Vaccination in Burma 1900-1911 - 1900-1911
Year: 1900
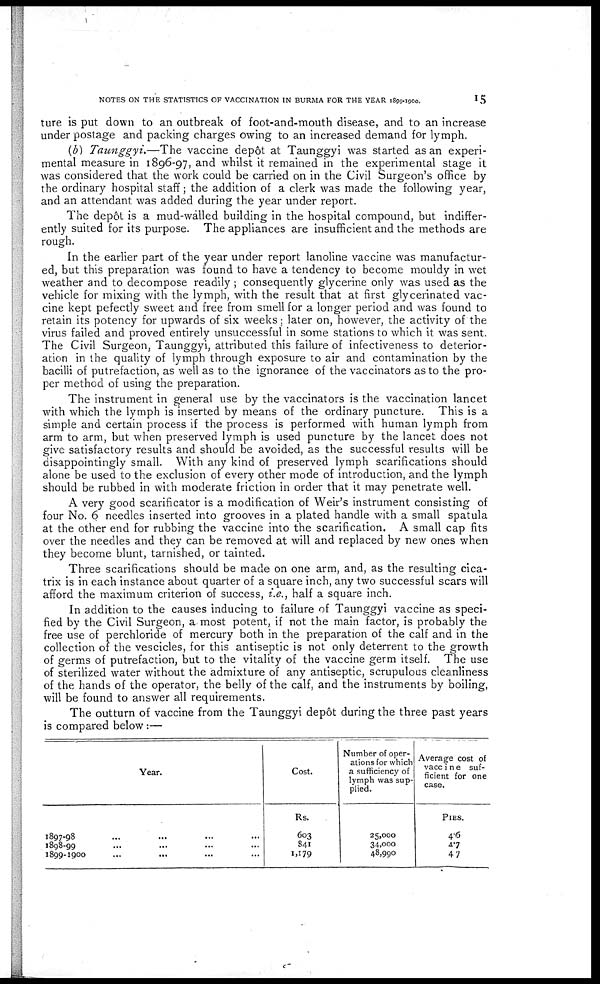
NOTES ON THE STATISTICS OF VACCINATION IN BURMA FOR THE YEAR 1899-1900.
15
ture is put down to an outbreak of foot-and-mouth disease, and to an increase
under postage and packing charges owing to an increased demand for lymph.
(b) Taunggyi.—The vaccine depôt at Taunggyi was started as an experi-
mental measure in 1896-97, and whilst it remained in the experimental stage it
was considered that the work could be carried on in the Civil Surgeon's office by
the ordinary hospital staff; the addition of a clerk was made the following year,
and an attendant was added during the year under report.
The depôt is a mud-walled building in the hospital compound, but indiffer-
ently suited for its purpose. The appliances are insufficient and the methods are
rough.
In the earlier part of the year under report lanoline vaccine was manufactur-
ed, but this preparation was found to have a tendency to become mouldy in wet
weather and to decompose readily; consequently glycerine only was used as the
vehicle for mixing with the lymph, with the result that at first glycerinated vac-
cine kept pefectly sweet and free from smell for a longer period and was found to
retain its potency for upwards of six weeks; later on, however, the activity of the
virus failed and proved entirely unsuccessful in some stations to which it was sent.
The Civil Surgeon, Taunggyi, attributed this failure of infectiveness to deterior-
ation in the quality of lymph through exposure to air and contamination by the
bacilli of putrefaction, as well as to the ignorance of the vaccinators as to the pro-
per method of using the preparation.
The instrument in general use by the vaccinators is the vaccination lancet
with which the lymph is inserted by means of the ordinary puncture. This is a
simple and certain process if the process is performed with human lymph from
arm to arm, but when preserved lymph is used puncture by the lancet does not
give satisfactory results and should be avoided, as the successful results will be
disappointingly small. With any kind of preserved lymph scarifications should
alone be used to the exclusion of every other mode of introduction, and the lymph
should be rubbed in with moderate friction in order that it may penetrate well.
A very good scarificator is a modification of Weir's instrument consisting of
four No. 6 needles inserted into grooves in a plated handle with a small spatula
at the other end for rubbing the vaccine into the scarification. A small cap fits
over the needles and they can be removed at will and replaced by new ones when
they become blunt, tarnished, or tainted.
Three scarifications should be made on one arm, and, as the resulting cica-
trix is in each instance about quarter of a square inch, any two successful scars will
afford the maximum criterion of success, i.e., half a square inch.
In addition to the causes inducing to failure of Taunggyi vaccine as speci-
fied by the Civil Surgeon, a most potent, if not the main factor, is probably the
free use of perchloride of mercury both in the preparation of the calf and in the
collection of the vescicles, for this antiseptic is not only deterrent to the growth
of germs of putrefaction, but to the vitality of the vaccine germ itself. The use
of sterilized water without the admixture of any antiseptic, scrupulous cleanliness
of the hands of the operator, the belly of the calf, and the instruments by boiling,
will be found to answer all requirements.
The outturn of vaccine from the Taunggyi depôt during the three past years
is compared below:—
Year.
1897-98... ...
1898-99... ...
1899-1900... ...
Cost.
Rs.
603
841
1,179
Number of oper-
ations for which
a sufficiency of
lymph was sup-
plied.
25,000
34,000
48,990
Average cost of
vaccine suf-
ficient for one
case.
PIES.
4.5
4.7
4.7